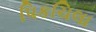
પિકચિલા